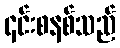
၎င်းစနစ်သည်